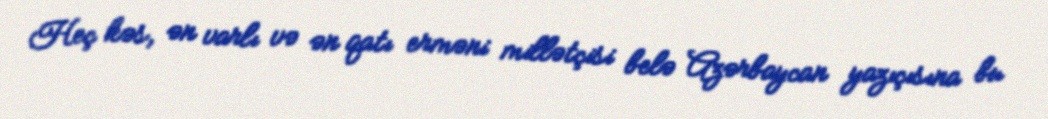
Heç kəs, ən varlı və ən qatı erməni millətçisi belə Azərbaycan yazıçısına bu